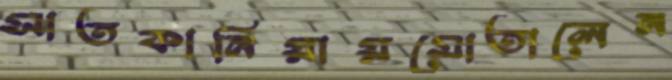
সাতকানিয়ায়মোতালেন